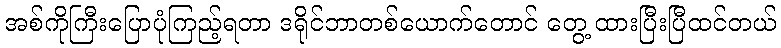
အစ်ကိုကြီးပြောပုံကြည့်ရတာ ဒရိုင်ဘာတစ်ယောက်တောင် တွေ့ ထားပြီးပြီထင်တယ်